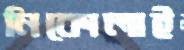
নিকোলাই